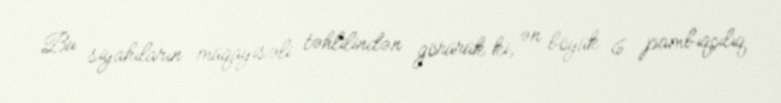
Bu siyahıların müqayisəli təhlilindən görürük ki, ən böyük 6 pambıqçılıq